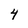
Character: 4